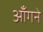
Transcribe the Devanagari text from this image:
आँगने